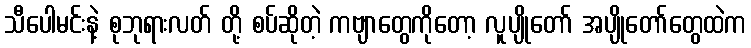
သီပေါမင်းနဲ့ စုဘုရားလတ် တို့ စပ်ဆိုတဲ့ ကဗျာတွေကိုတော့ လူပျိုတော် အပျိုတော်တွေထဲက